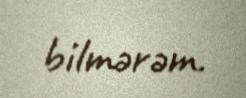
bilmərəm.